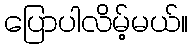
ပြောပါလိမ့်မယ်။